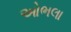
ઓભલા